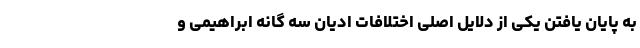
به پایان یافتن یکی از دلایل اصلی اختلافات ادیان سه گانه ابراهیمی و